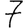
Digit: 7